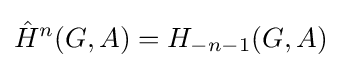
{\hat {H}}^{n}(G,A)=H_{-n-1}(G,A)